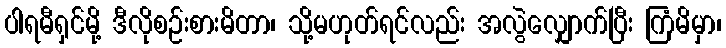
ပါရမီရှင်မို့ ဒီလိုစဉ်းစားမိတာ၊ သို့မဟုတ်ရင်လည်း အလွဲလျှောက်ပြီး ကြံမိမှာ၊